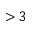
> 3